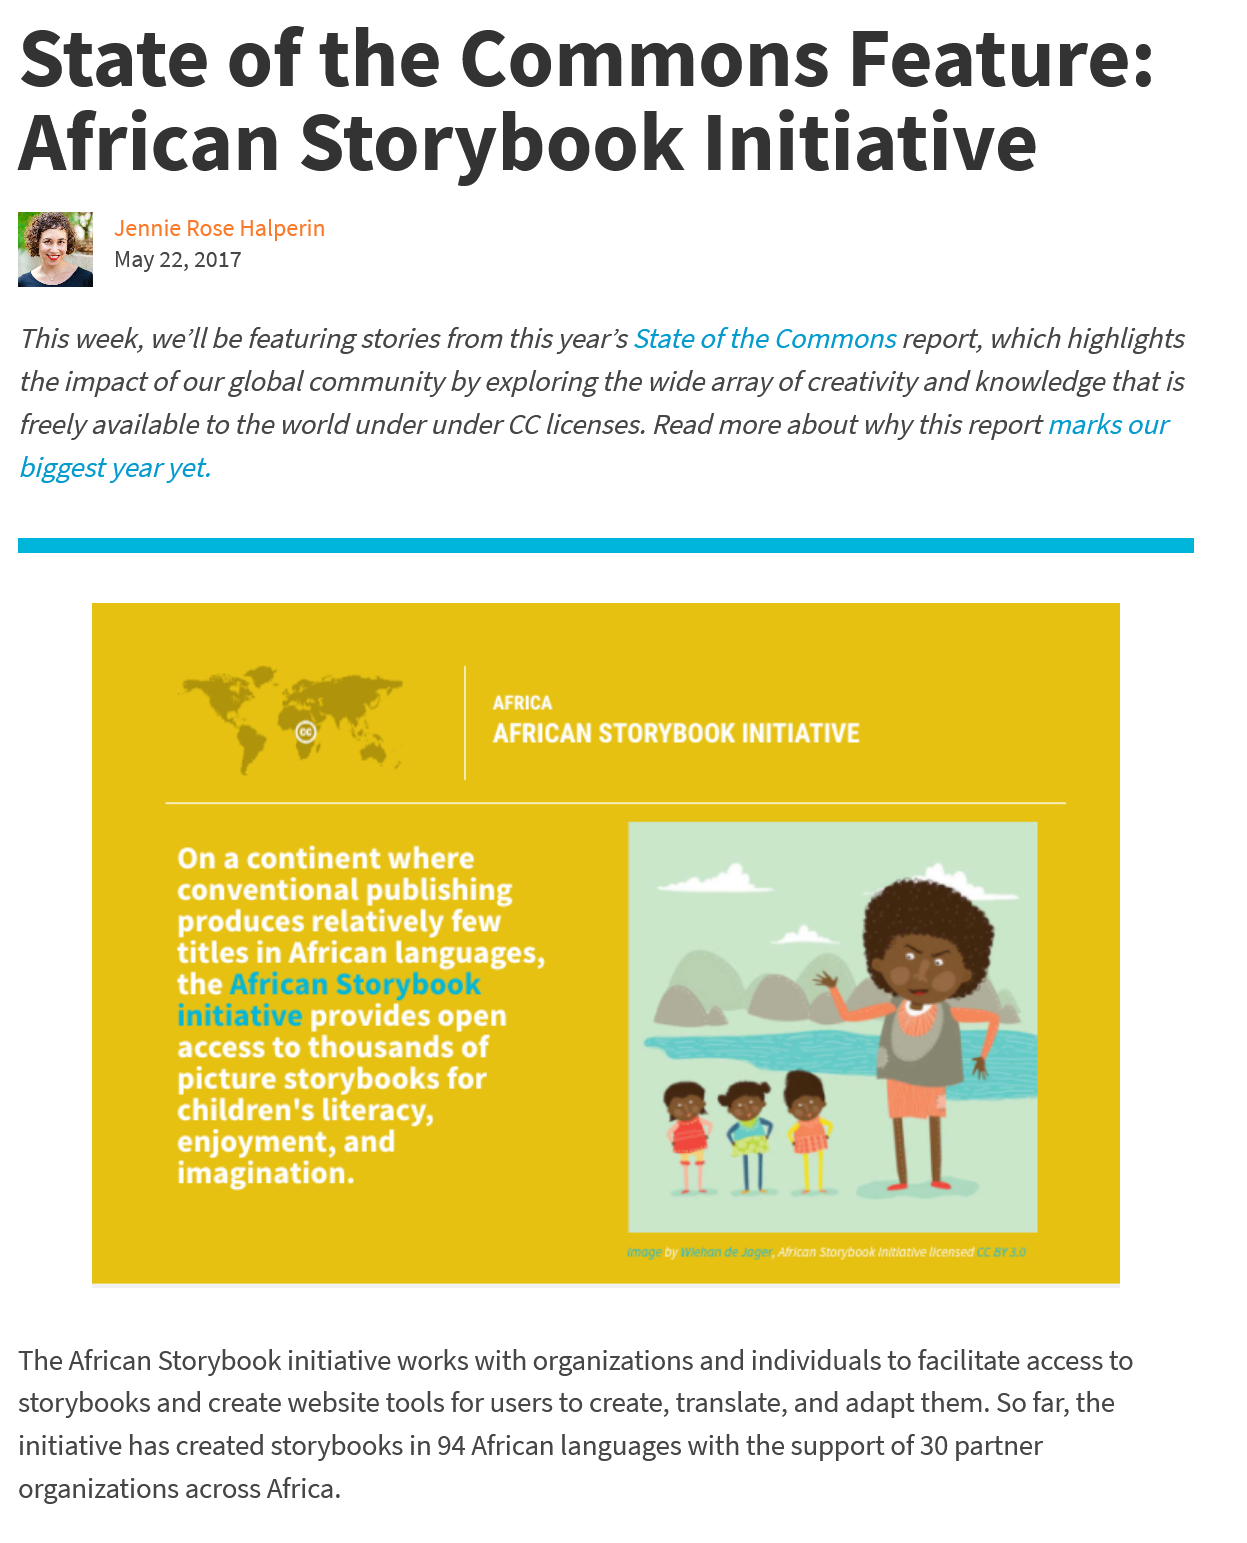
State    of    the    Commons    Feature:
  African    Storvbook    Initiative
     Jennie Rose Halperin
     May 22, 2017
  This week, we’ll be featuring stories from this year’s State of the Commons report, which highlights
  the impact of our global community by exploring the wide array of creativity and knowledge that is
  freely available to the world under under CC licenses. Read more about why this report marks our
  biggest year yet.
     4,    g
     4
     mi   2
     Pee    lait    4
     tet
     L
     eh

     tf
     Image
     by
     Wiehan de Joger,    leatiar)
  The African Storybook initiative works with organizations and individuals to facilitate access to
  storybooks and create website tools for users to create, translate, and adapt them. So far, the
  initiative has created storybooks in 94 African languages with the support of 30 partner
  organizations across Africa.